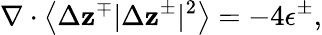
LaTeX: \nabla\cdot\left<\Delta\mathbf{z}^{\mp}\vert\Delta\mathbf{z}^{\pm}\vert^{2}\right>=-4\epsilon^{\pm},